Lock hospitals Punjab
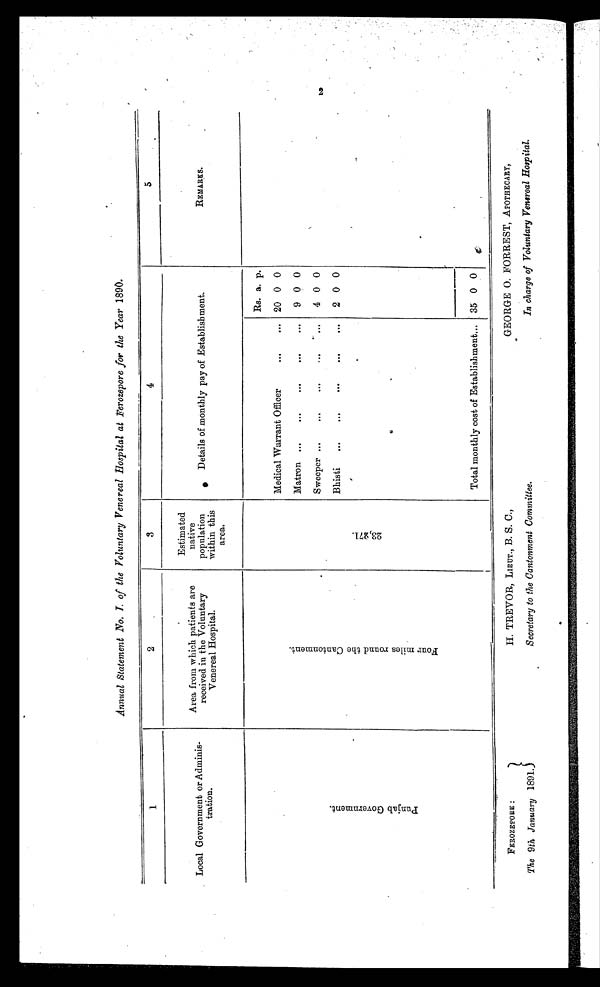
FEROZEPORE :
The 9th January 1891.
H. TREVOR, LIEUT., B. S. C.,
Secretary to the Cantonment Committee.
GEORGE 0. FORREST, APOTHECARY,
In charge of Voluntary Venereal Hospital .
Annual Statement No. I. of the Voluntary Venereal Hospital at Ferozepore for the Year 1890.
1
2
3
4
5
Local Government
or
Adminis-
tration.
Area from which patients are
received in the Voluntary
Venereal Hospital.
Estimated
native
population
within this
area.
Details of monthly pay of Establishment.
REMARKS.
P u n j a b G o v e r n m e n t .
F o u r m i l e s t h e C a n t o n m e n t .
2 3 , 2 7 1 .
Rs. a. p.
Medical Warrant Officer
. . .
. . . 20 0 0
Matron ...
...
...
. . .
. . .
9 0 0
Sweeper... ... ...
. . .
. . .
4 0 0
Bhisti
...
...
. . .
. . .
2 0 0
Total monthly cost of Establishment... 35 0 0
2